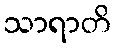
သာရာတိ